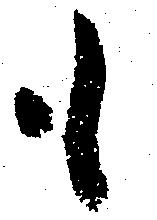
も